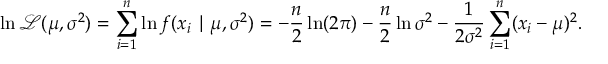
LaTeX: \ln { \mathcal { L } } ( \mu , \sigma ^ { 2 } ) = \sum _ { i = 1 } ^ { n } \ln f ( x _ { i } \mid \mu , \sigma ^ { 2 } ) = - { \frac { n } { 2 } } \ln ( 2 \pi ) - { \frac { n } { 2 } } \ln \sigma ^ { 2 } - { \frac { 1 } { 2 \sigma ^ { 2 } } } \sum _ { i = 1 } ^ { n } ( x _ { i } - \mu ) ^ { 2 } .